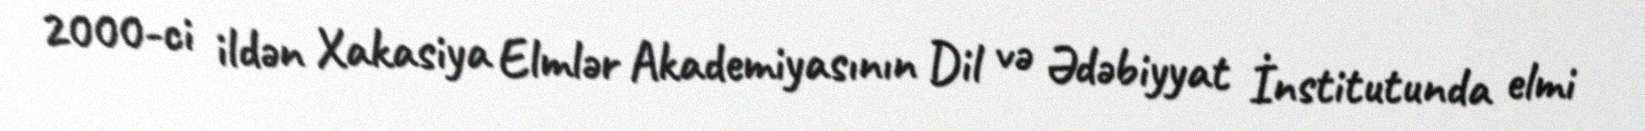
2000-ci ildən Xakasiya Elmlər Akademiyasının Dil və Ədəbiyyat İnstitutunda elmi